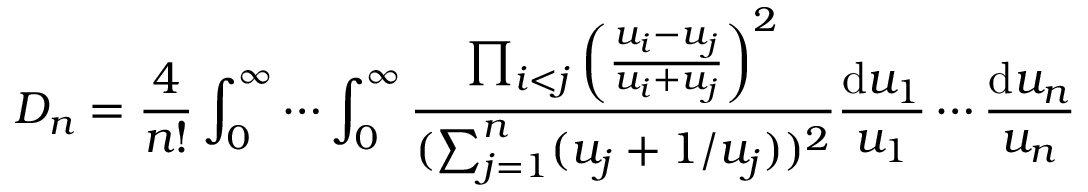
D _ { n } = \frac { 4 } { n ! } \int _ { 0 } ^ { \infty } \cdots \int _ { 0 } ^ { \infty } \frac { \prod _ { i < j } \left( \frac { u _ { i } - u _ { j } } { u _ { i } + u _ { j } } \right) ^ { 2 } } { ( \sum _ { j = 1 } ^ { n } ( u _ { j } + 1 / u _ { j } ) ) ^ { 2 } } \frac { \mathrm { d } u _ { 1 } } { u _ { 1 } } \cdots \frac { \mathrm { d } u _ { n } } { u _ { n } }